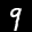
Label: 9